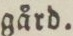
gård.